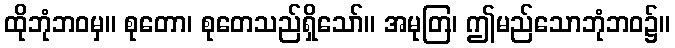
ထိုဘုံဘဝမှ။ စုတော၊ စုတေသည်ရှိသော်။ အမုတြ၊ ဤမည်သောဘုံဘဝ၌။